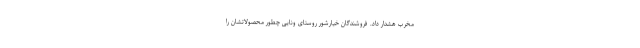
مخرب هشدار داد. فروشندگان خیارشور روستای ونایی چطور محصولاتشان را